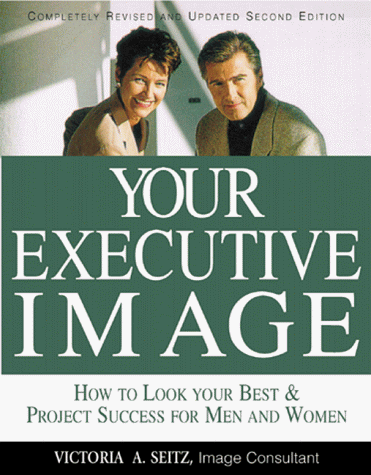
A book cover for Your Executive Image; Victoria Seitz; Business & Money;